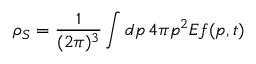
\rho _ { S } = \frac { 1 } { ( 2 \pi ) ^ { 3 } } \int d p \, 4 \pi p ^ { 2 } E f ( p , t )